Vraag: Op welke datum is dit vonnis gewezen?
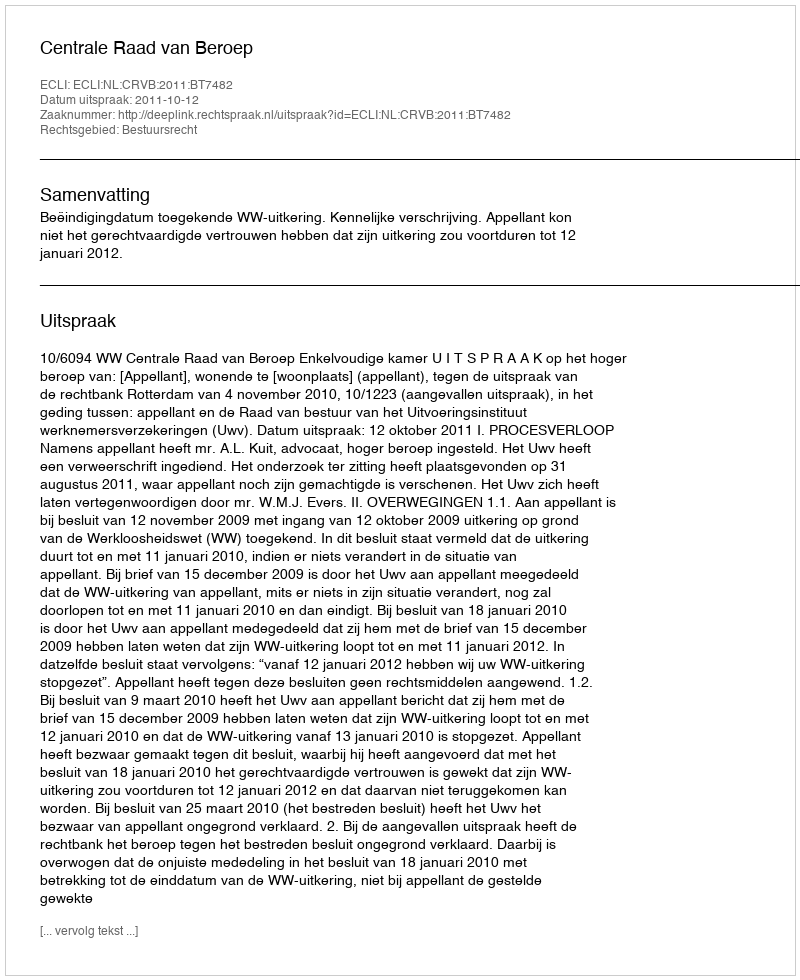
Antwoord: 2011-10-12